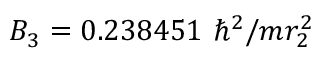
B _ { 3 } = 0 . 2 3 8 4 5 1 ~ \hbar ^ { 2 } / m r _ { 2 } ^ { 2 }